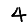
Digit: 4